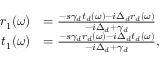
\begin{array} { r l } { r _ { 1 } ( \omega ) } & { = \frac { - s \gamma _ { d } t _ { d } ( \omega ) - i \Delta _ { d } r _ { d } ( \omega ) } { - i \Delta _ { d } + \gamma _ { d } } } \\ { t _ { 1 } ( \omega ) } & { = \frac { - s \gamma _ { d } r _ { d } ( \omega ) - i \Delta _ { d } t _ { d } ( \omega ) } { - i \Delta _ { d } + \gamma _ { d } } , } \end{array}